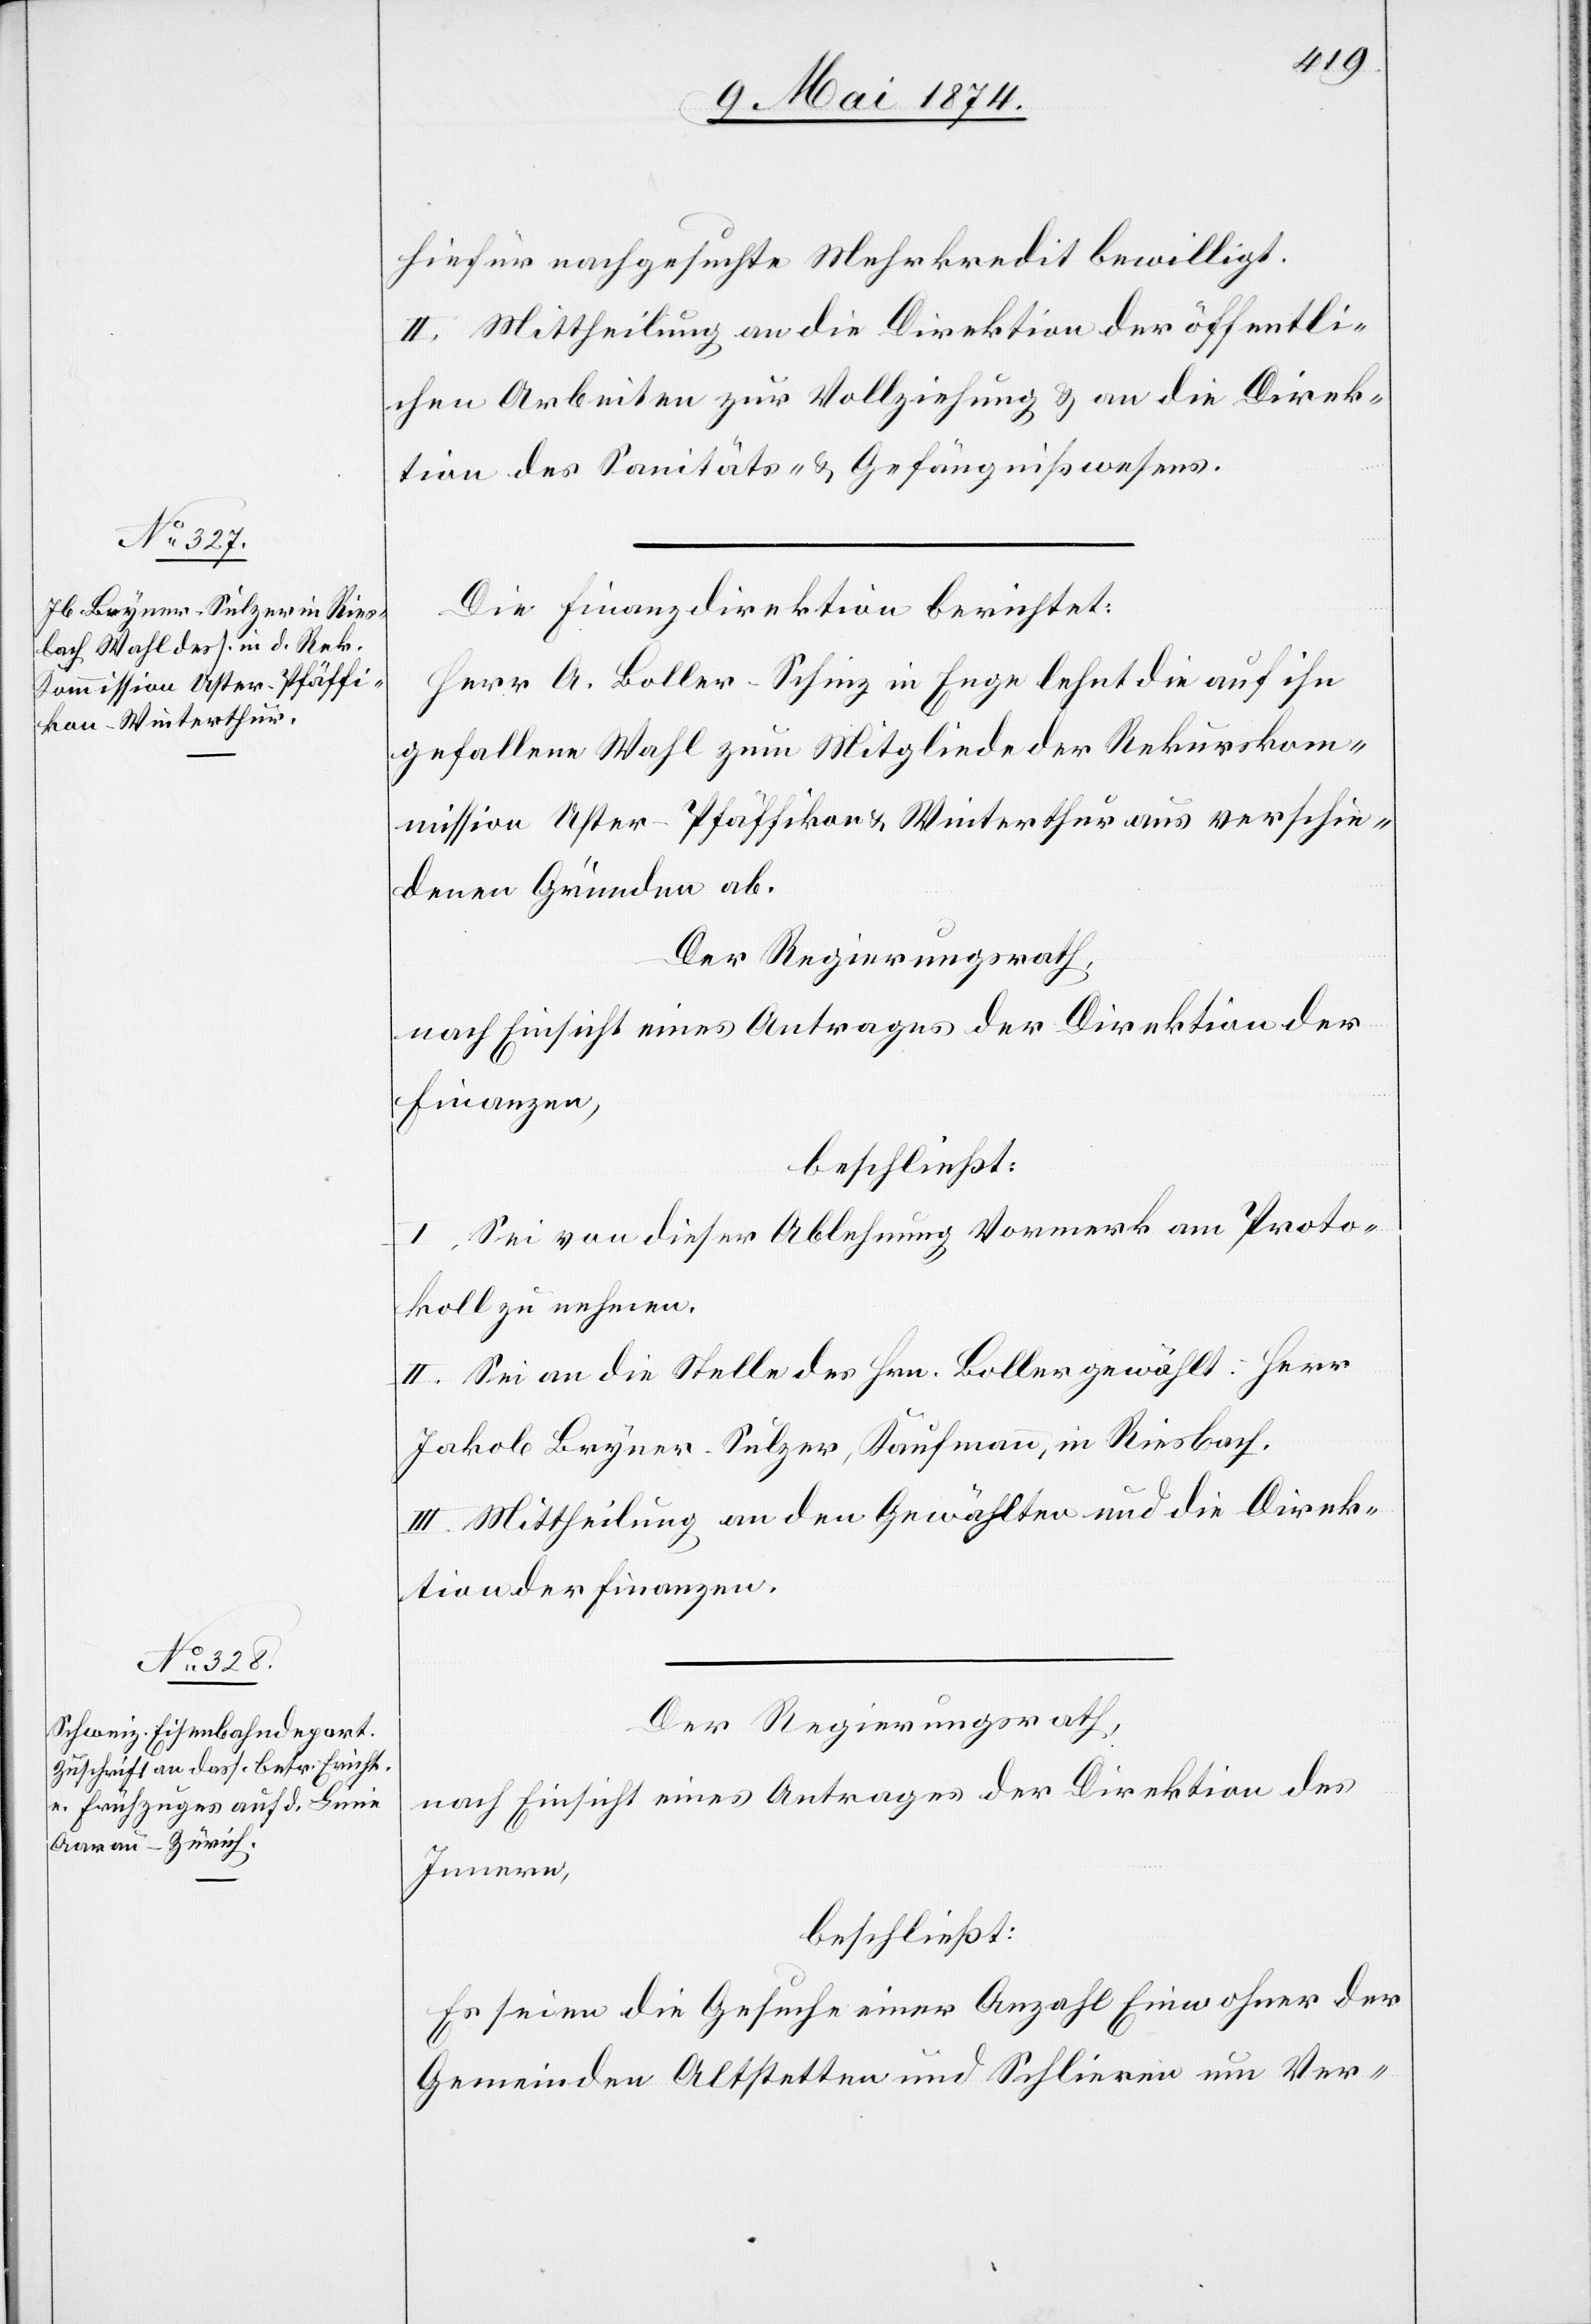
hiefür nachgesuchte Mehrkredit bewilligt.
II. Mittheilung an die Direktion der öffentli¬
chen Arbeiten zur Vollziehung u. an die Direk¬
tion des Sanitäts- u. Gefängnißwesens.
Die Finanzdirektion berichtet:
Herr A. Boller-Schinz in Enge lehnt die auf ihn
gefallene Wahl zum Mitglied der Rekurskom¬
mission Uster-Pfäffikon u. Winterthur aus verschie¬
denen Gründen ab.
Der Regierungsrath,
nach Einsicht eines Antrages der Direktion der
Finanzen,
beschließt:
I. Sei von dieser Ablehnung Vormerk am Proto¬
koll zu nehmen.
II. Sei an die Stelle des Hrn. Boller gewählt: Herr
Jakob Bryner-Sulzer, Kaufmann, in Riesbach.
III. Mittheilung an den Gewählten und die Direk¬
tion der Finanzen.
Der Regierungsrath,
nach Einsicht eines Antrages der Direktion des
Innern,
beschließt:
Es seien die Gesuche einer Anzahl Einwohner der
Gemeinden Altstetten und Schlieren um Ver-